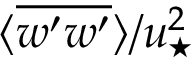
\langle \overline { { w ^ { \prime } w ^ { \prime } } } \rangle / u _ { \star } ^ { 2 }